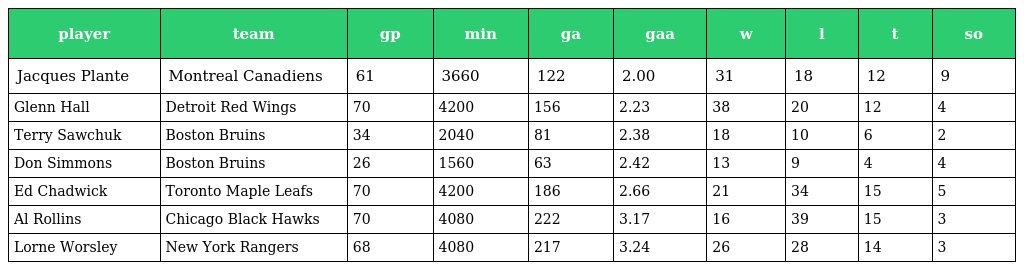
| player | team | gp | min | ga | gaa | w | l | t | so |
 | --- | --- | --- | --- | --- | --- | --- | --- | --- | --- |
 | Jacques Plante | Montreal Canadiens | 61 | 3660 | 122 | 2.00 | 31 | 18 | 12 | 9 |
 | Glenn Hall | Detroit Red Wings | 70 | 4200 | 156 | 2.23 | 38 | 20 | 12 | 4 |
 | Terry Sawchuk | Boston Bruins | 34 | 2040 | 81 | 2.38 | 18 | 10 | 6 | 2 |
 | Don Simmons | Boston Bruins | 26 | 1560 | 63 | 2.42 | 13 | 9 | 4 | 4 |
 | Ed Chadwick | Toronto Maple Leafs | 70 | 4200 | 186 | 2.66 | 21 | 34 | 15 | 5 |
 | Al Rollins | Chicago Black Hawks | 70 | 4080 | 222 | 3.17 | 16 | 39 | 15 | 3 |
 | Lorne Worsley | New York Rangers | 68 | 4080 | 217 | 3.24 | 26 | 28 | 14 | 3 |